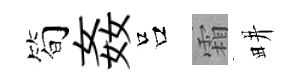
筍姦吕霜畊